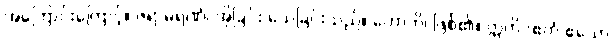
အကြောင်းကြောင့်။ ဇရာမရဏံ၊ အိုခြင်း သေခြင်းသည်။ ဟောတိ၊ ဖြစ်၏။ ဣတိ (ဧတံ ဧသော